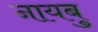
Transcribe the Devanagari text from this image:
नायबु